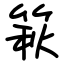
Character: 篍